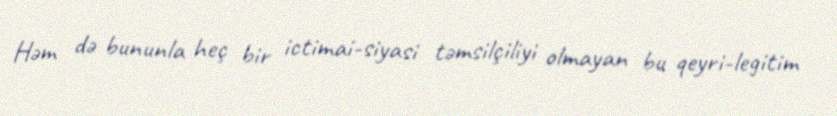
Həm də bununla heç bir ictimai-siyasi təmsilçiliyi olmayan bu qeyri-legitim